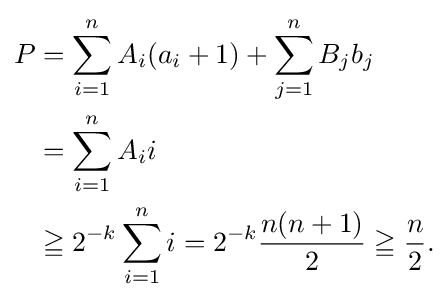
{\textstyle {\begin{aligned}P&=\sum _{i=1}^{n}A_{i}(a_{i}+1)+\sum _{j=1}^{n}B_{j}b_{j}\\&=\sum _{i=1}^{n}A_{i}i\\&\geqq 2^{-k}\sum _{i=1}^{n}i=2^{-k}{\frac {n(n+1)}{2}}\geqq {\frac {n}{2}}.\end{aligned}}}